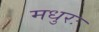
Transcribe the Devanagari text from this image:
मधुरः